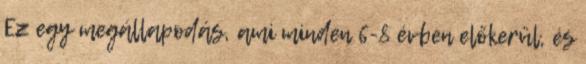
Ez egy megállapodás, ami minden 6-8 évben előkerül, és